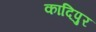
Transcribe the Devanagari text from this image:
कादिपुर